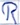
Text: R